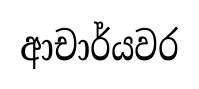
ආචාර්යවර